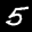
Label: 5